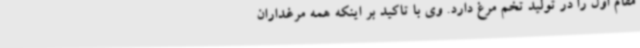
مقام اول را در تولید تخم مرغ دارد. وی با تاکید بر اینکه همه مرغداران